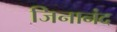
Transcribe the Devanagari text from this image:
जिनानंद